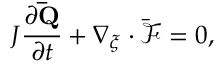
J \frac { \partial \mathbf { \bar { Q } } } { \partial t } + \nabla _ { \xi } \cdot \bar { \mathcal { F } } = 0 ,